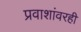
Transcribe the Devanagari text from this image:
प्रवाशांवरही